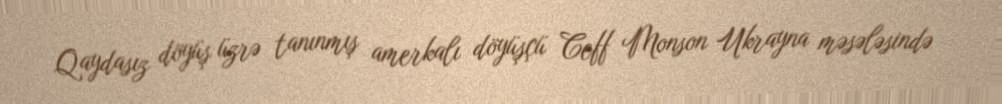
Qaydasız döyüş üzrə tanınmış amerkalı döyüşçü Ceff Monson Ukrayna məsələsində